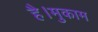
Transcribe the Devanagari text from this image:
है।मुकाम